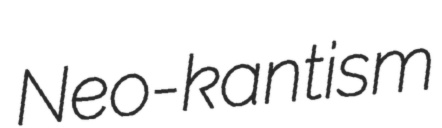
Neo-kantism